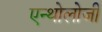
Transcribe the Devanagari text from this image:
एन्थोलोजी